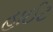
હાઈટ